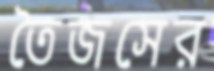
তৈজসের